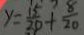
y = \frac { 1 5 } { 2 0 } + \frac { 8 } { 2 0 }